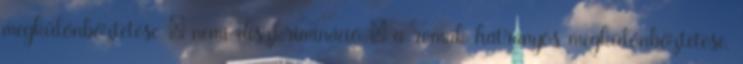
megkülönböztetése  nemi diszkrimináció  a romák hátrányos megkülönböztetése.